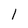
Character: 1